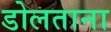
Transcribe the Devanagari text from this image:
डोलताना